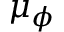
\mu _ { \phi }